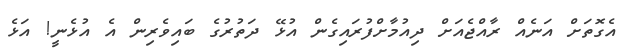
އެގޮތަށް އަނެއް ރާއްޖެއަށް ދިއުމާށްފުރައިގެން އުޅޭ ދަތުރުގެ ބައިވެރިން އެ އުޅެނީ! އަޅެ